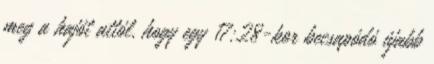
meg a hajót attól, hogy egy 17:28-kor becsapódó újabb